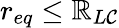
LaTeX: r_{eq}\leq\mathbb{R}_{L\mathcal{C}}